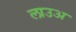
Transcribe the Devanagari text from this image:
लाउअ